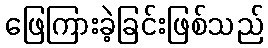
ဖြေကြားခဲ့ခြင်းဖြစ်သည်